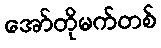
အော်တိုမက်တစ်